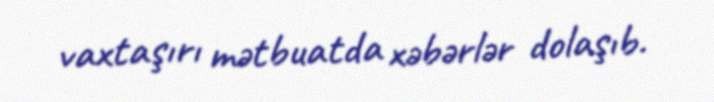
vaxtaşırı mətbuatda xəbərlər dolaşıb.